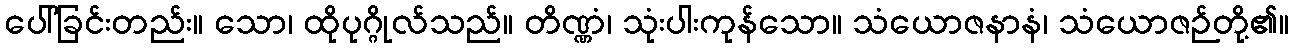
ပေါ်ခြင်းတည်း။ သော၊ ထိုပုဂ္ဂိုလ်သည်။ တိဏ္ဏံ၊ သုံးပါးကုန်သော။ သံယောဇနာနံ၊ သံယောဇဉ်တို့၏။